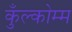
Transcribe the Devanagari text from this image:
कुँल्कोम्म